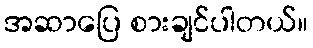
အဆာပြေ စားချင်ပါတယ်။